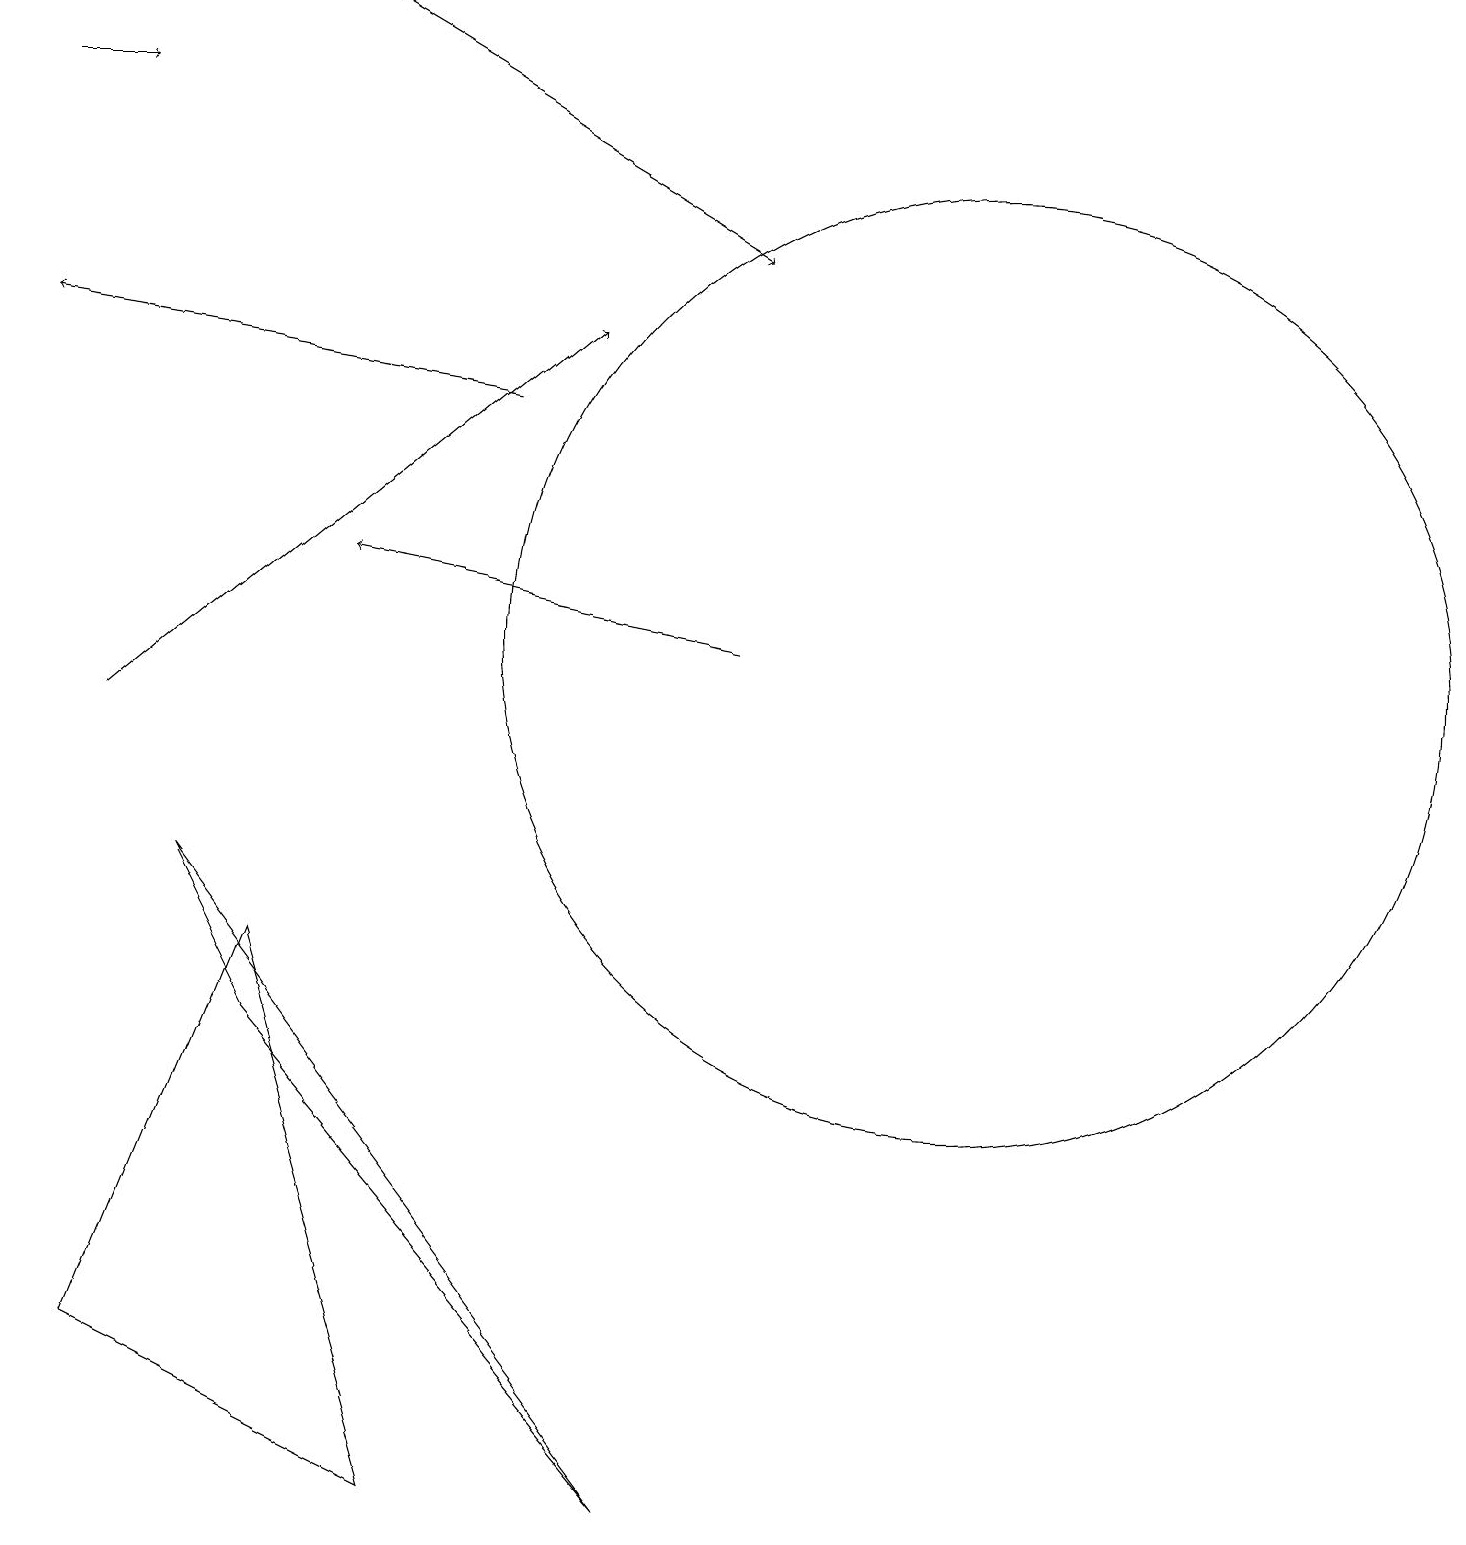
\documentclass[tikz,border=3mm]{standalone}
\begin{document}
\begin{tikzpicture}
\draw[->] (4,19) -- (9,16);
\draw[->] (6,14) -- (0,15);
\draw (3,7) -- (1,2) -- (5,0) -- cycle;
\draw (2,8) -- (8,0) -- (3,6) -- cycle;
\draw[->] (0,18) -- (1,18);
\draw (12,11) circle (6);
\draw[->] (9,11) -- (4,12);
\draw[->] (1,10) -- (7,15);
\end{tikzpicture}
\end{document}